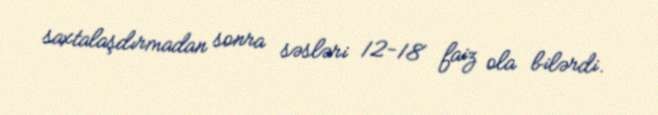
saxtalaşdırmadan sonra səsləri 12-18 faiz ola bilərdi.